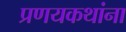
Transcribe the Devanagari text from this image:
प्रणयकथांना